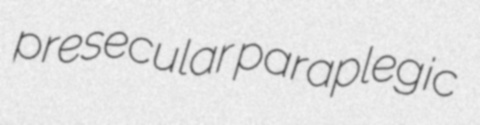
presecular paraplegic